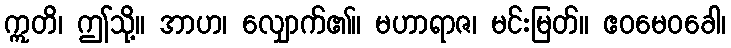
ဣတိ၊ ဤသို့။ အာဟ၊ လျှောက်၏။ မဟာရာဇ၊ မင်းမြတ်။ ဧဝမေဝခေါ၊